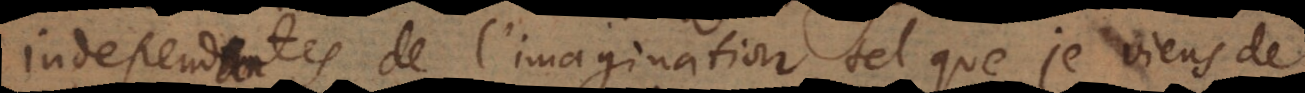
independantes de l’imagination, tel que je v